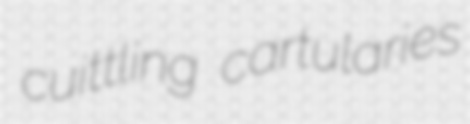
cuittling cartularies